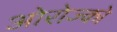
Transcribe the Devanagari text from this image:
ओरोज्को